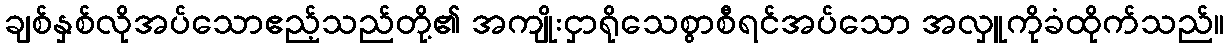
ချစ်နှစ်လိုအပ်သောဧည့်သည်တို့၏ အကျိုးငှာရိုသေစွာစီရင်အပ်သော အလှူကိုခံထိုက်သည်။